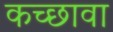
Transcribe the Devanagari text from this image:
कच्छावा